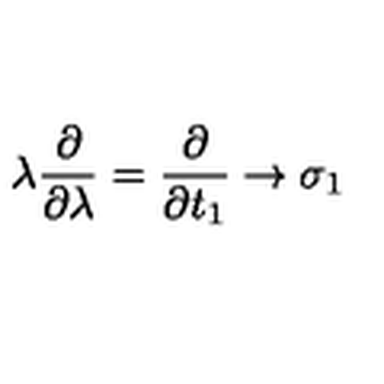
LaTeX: \lambda \frac { \partial } { \partial \lambda } = \frac { \partial } { \partial t _ { 1 } } \rightarrow \sigma _ { 1 }